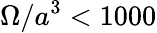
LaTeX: \Omega/a^{3}<1000